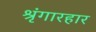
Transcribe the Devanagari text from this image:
श्रृंगारहार